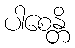
ပါစေန္တိ